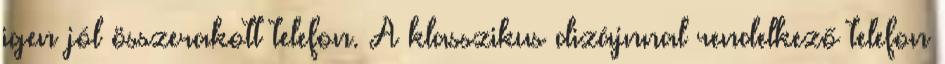
igen jól összerakott telefon. A klasszikus dizájnnal rendelkező telefon